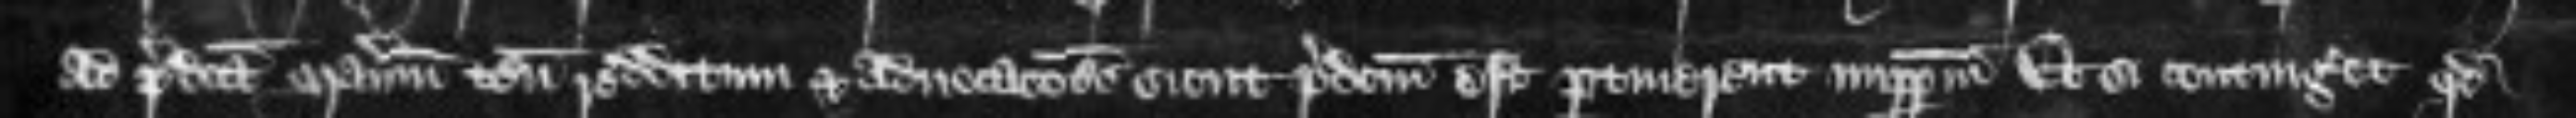
ad predicta manerium tenementa redditum et advocationes sicut predictum est pertinerent imperpetuum Et si contingeret quod